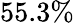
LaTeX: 55.3\%